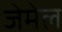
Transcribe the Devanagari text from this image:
जेमेल